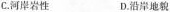
C.河岸岩性 D.沿岸地貌